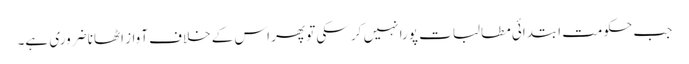
جب حکومت ابتدائی مطالبات پورا نہیں کر سکی تو پھر اس کے خلاف آواز اٹھانا ضروری ہے۔